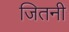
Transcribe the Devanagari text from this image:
जितनी